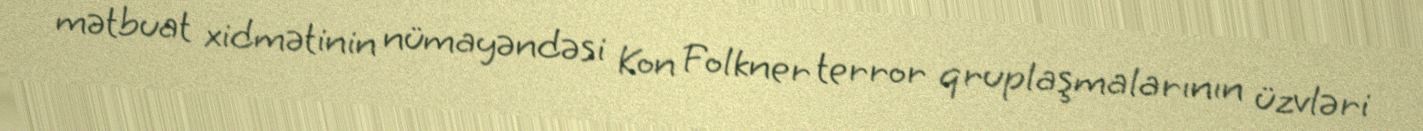
mətbuat xidmətinin nümayəndəsi Kon Folkner terror qruplaşmalarının üzvləri